Vaccine operations Central Provinces 1900-1911 - 1900-1911
Year: 1900
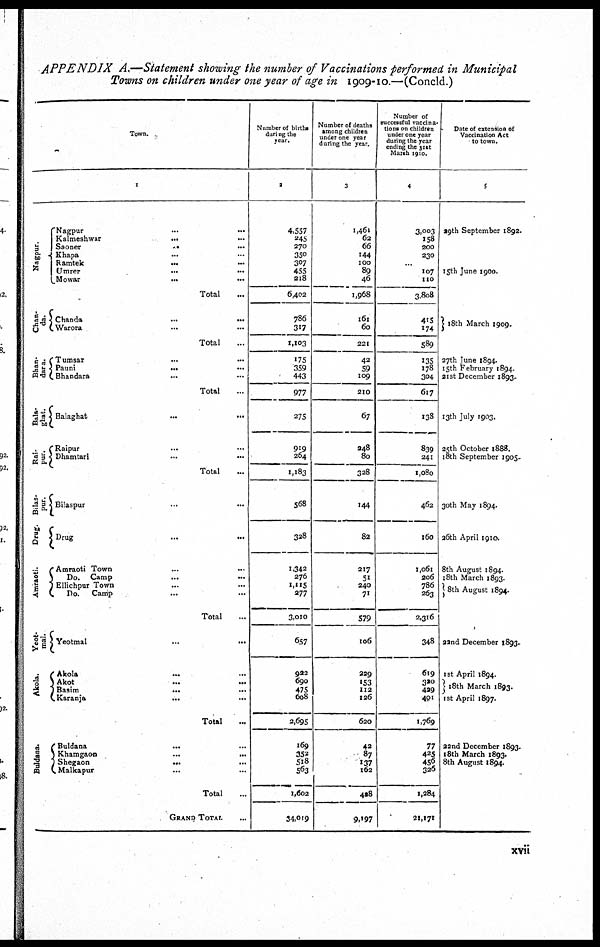
APPENDIX A.—Statement showing the number of Vaccinations performed in Municipal
Towns on children under one year of age in 1909-10.—(Concld.)
Town.
1
Nagpur.
Chan¬
da.
Bhan¬
dara.
Bala¬
ghat.
Rai¬
pur.
Bilas¬
pur.
Drug.
Amraoti.
Yeot¬
mal.
Akola.
Buldana.
Nagpur
...
...
Kalmeshwar
... ...
Saoner
...
...
Khapa ... ...
Ramtek ... ...
Umrer
...
...
Mowar
...
...
Total ...
Chanda
...
...
Warora ... ...
Total ...
Tumsar ... ...
Pauni
...
...
Bhandara ... ...
Total ...
Balaghat
...
...
Raipur
...
...
Dhamtari ... ...
Total ...
Bilaspur
...
...
Drug
...
...
Amraoti Town ... ...
Do. Camp
...
...
Ellichpur Town ... ...
Do.
Camp
...
...
Total ...
Yeotmal
...
...
Akola
... ...
Akot
...
...
Basim
...
...
Karanja
...
...
Total ...
Buldana
... ...
Khamgaon
...
...
Shegaon
...
...
Malkapur ... ...
Total ...
GRAND TOTAL ...
Number of births
during the
year.
2
4,557
245
270
350
307
455
218
6,402
786
317
1,103
175
359
443
977
275
919
254
1,183
568
328
1,342
276
1,115
277
3,010
657
922
690
475
608
2,695
169
352
518
563
1,602
34,019
Number of deaths
among children
under one year
during the year.
3
1,461
62
66
144
100
89
46
1,968
161
60
221
42
59
109
210
67
248
80
328
144
82
217
51
240
71
579
106
229
153
112
126
620
42
87
137
162
428
9,197
Number of
successful vaccina¬
tions on children
under one year
during the year
ending the 31st
March 1910.
4
3,003
158
200
230
...
107
110
3,808
415
174
589
135
178
304
617
138
839
241
1,080
462
160
1,061
206
786
263
2,316
348
619
320
429
401
1,769
77
425
456
326
1,284
21,171
Date of extension of
Vaccination Act
to town.
5
29th September 1892.
15th June 1900.
18th March 1909.
27th June 1894.
15th February 1894.
21st December 1893.
13th July 1903.
25th October 1888.
18th September 1905.
30th May 1894.
26th April 1910.
8th August 1894.
18th March 1893.
8th August 1894.
22nd December 1893.
1st April 1894.
18th March 1893.
1st April 1897.
22nd December 1893.
18th March 1893.
8th August 1894.
xvii